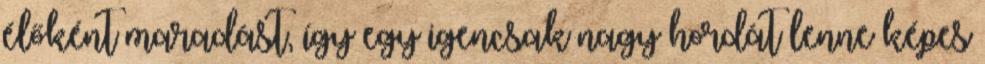
élőként maradást, így egy igencsak nagy hordát lenne képes